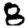
Digit: 8